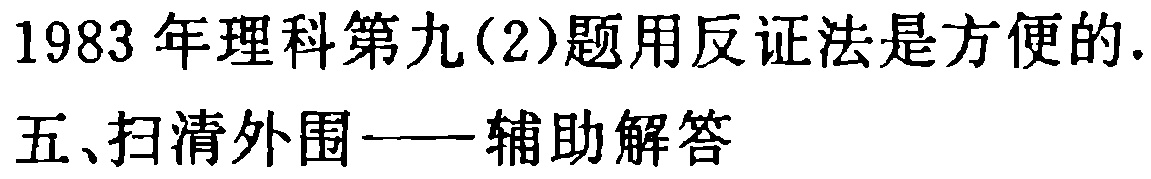
1983 年理科第九(2)题用反证法是方便的.
五、扫清外围——辅助解答